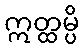
ဣတ္ထမ္ပိ